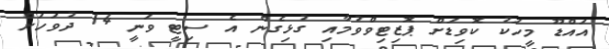
އައްޑޫ މީހަކު ކޮވިޑަށް ޕޮޒިޓިވްވުމާއި ގުޅިގެން އެ ސިޓީ ވަނީ 14 ދުވަހަށް